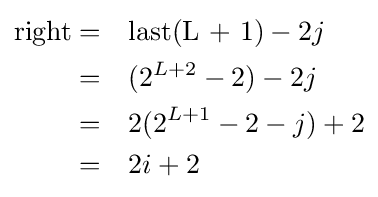
{\begin{alignedat}{2}{\text{right}}=&\quad {\text{last(L + 1)}}-2j\\=&\quad (2^{L+2}-2)-2j\\=&\quad 2(2^{L+1}-2-j)+2\\=&\quad 2i+2\end{alignedat}}